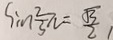
\sin \frac { 2 } { 3 } \pi = \frac { \sqrt { 3 } } { 2 }